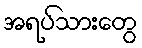
အရပ်သားတွေ